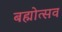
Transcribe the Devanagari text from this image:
बह्मोत्‍सव